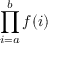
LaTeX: \prod _ { i = a } ^ { b } f ( i )